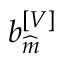
b _ { \widehat { m } } ^ { \left[ V \right] }